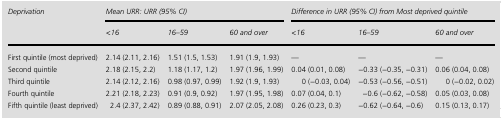
| <ROWSPAN=2> Deprivation | <COLSPAN=3> Mean URR: URR (95% CI) | <COLSPAN=3> Difference in URR (95% CI) from Most deprived quintile |
 | <16 | 16–59 | 60 and over | <16 | 16–59 | 60 and over |
 | --- | --- | --- | --- | --- | --- | --- |
 | First quintile (most deprived) | 2.14 (2.11, 2.16) | 1.51 (1.5, 1.53) | 1.91 (1.9, 1.93) | — | — | — |
 | Second quintile | 2.18 (2.15, 2.2) | 1.18 (1.17, 1.2) | 1.97 (1.96, 1.99) | 0.04 (0.01, 0.08) | −0.33 (−0.35, −0.31) | 0.06 (0.04, 0.08) |
 | Third quintile | 2.14 (2.12, 2.16) | 0.98 (0.97, 0.99) | 1.92 (1.9, 1.93) | 0 (−0.03, 0.04) | −0.53 (−0.56, −0.51) | 0 (−0.02, 0.02) |
 | Fourth quintile | 2.21 (2.18, 2.23) | 0.91 (0.9, 0.92) | 1.97 (1.95, 1.98) | 0.07 (0.04, 0.1) | −0.6 (−0.62, −0.58) | 0.05 (0.03, 0.08) |
 | Fifth quintile (least deprived) | 2.4 (2.37, 2.42) | 0.89 (0.88, 0.91) | 2.07 (2.05, 2.08) | 0.26 (0.23, 0.3) | −0.62 (−0.64, −0.6) | 0.15 (0.13, 0.17) |